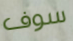
سوف